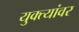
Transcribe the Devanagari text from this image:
युक्त्यांवर